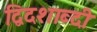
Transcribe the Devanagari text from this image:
द्विदशाब्दी